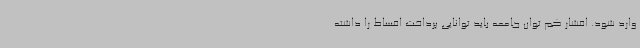
وارد شود. اقشار کم توان جامعه باید توانایی پرداخت اقساط را داشته